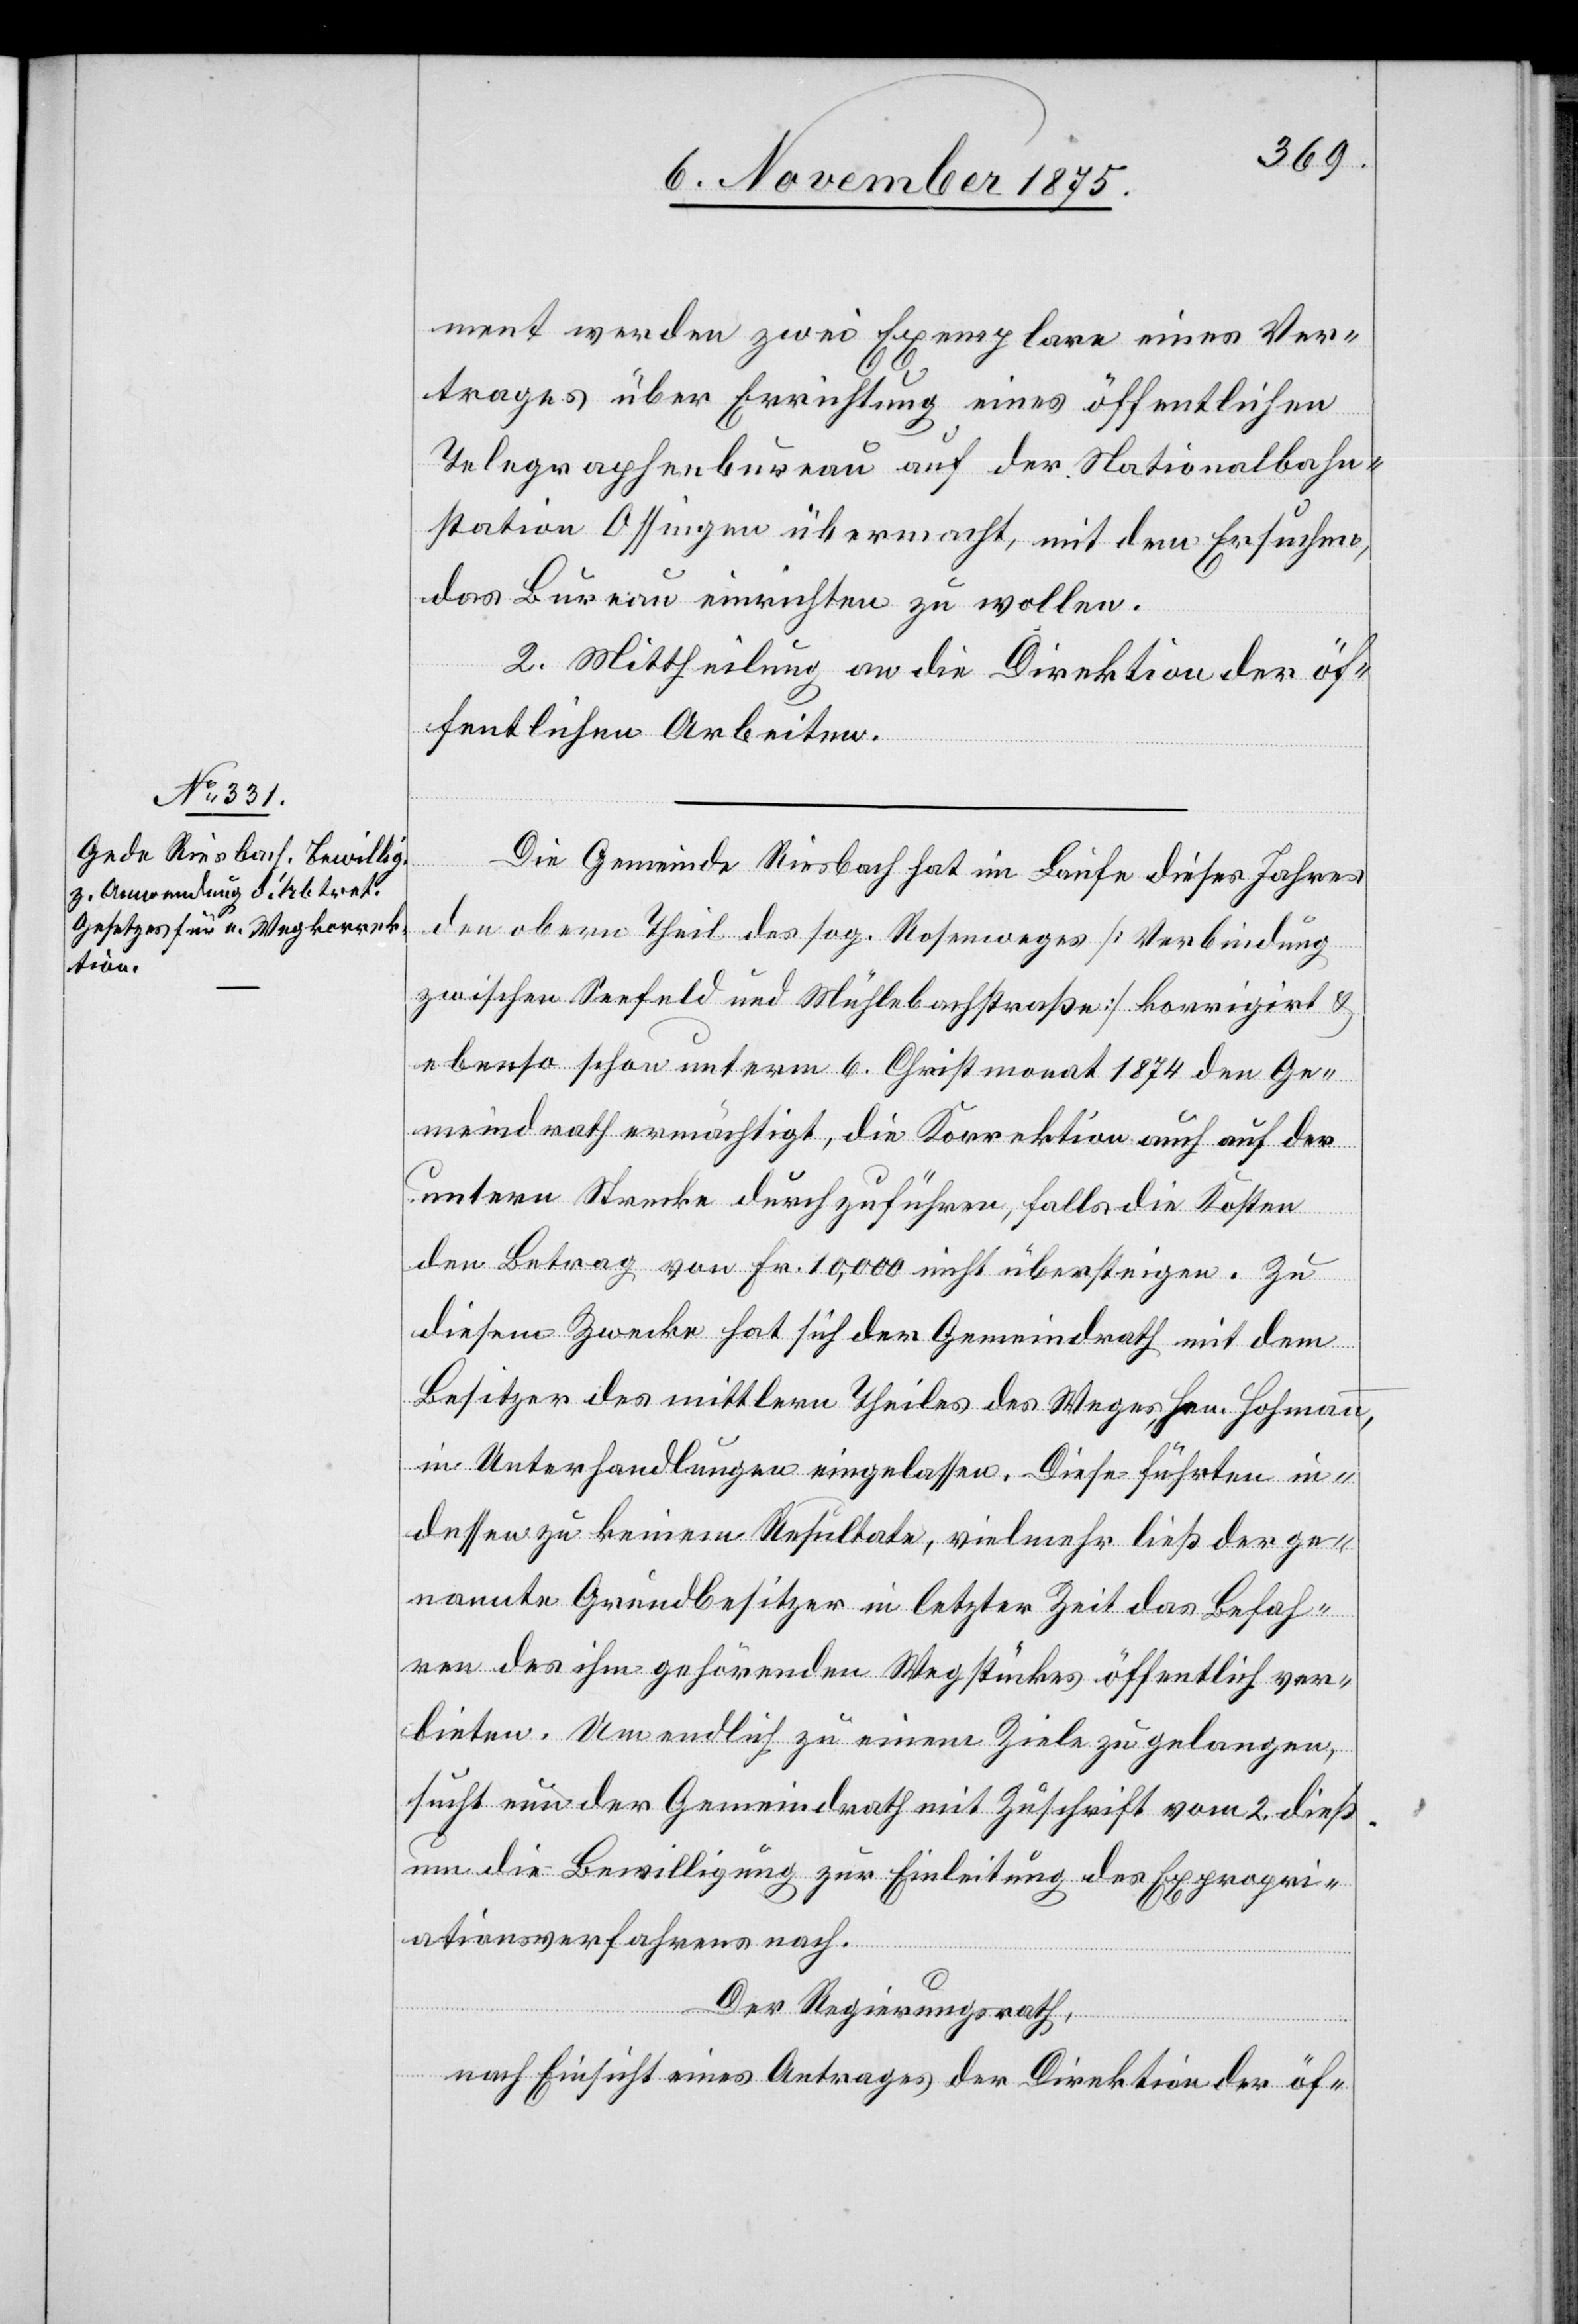
ment werden zwei Exemplare eines Ver¬
trages über Errichtung eines öffentlichen
Telegraphenbureau auf der Nationalbahn¬
station Ossingen übermacht, mit dem Ersuchen,
das Bureau einrichten zu wollen.
2. Mittheilung an die Direktion der öf¬
fentlichen Arbeiten.
Die Gemeinde Riesbach hat im Laufe dieses Jahres
den obern Theil des sog. Rosenweges [Verbindung
zwischen Seefeld und Mühlebachstraße] korrigirt &
ebenso schon unterm 6. Christmonat 1874 den Ge¬
meindrath ermächtigt, die Korrektion auch auf der
untern Strecke durchzuführen, falls die Kosten
den Betrag von Fr. 10,000 nicht übersteigen. Zu
diesem Zwecke hat sich der Gemeindrath mit dem
Besitzer des mittlern Theiles des Weges, Hrn. Hofmann,
in Unterhandlungen eingelassen. Diese führten in¬
dessen zu keinem Resultate, vielmehr ließ der ge¬
nannte Grundbesitzer in letzter Zeit das Befah¬
ren des ihm gehörenden Wegstückes öffentlich ver¬
bieten. Um endlich zu einem Ziele zu gelangen,
sucht nun der Gemeindrath mit Zuschrift vom 2. dieß
um die Bewilligung zur Einleitung des Expropri¬
ationsverfahrens nach.
Der Regierungsrath,
nach Einsicht eines Antrages der Direktion der öf-